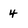
Character: 4